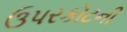
ઉપરકૉટની